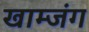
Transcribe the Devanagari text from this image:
खाम्जंग